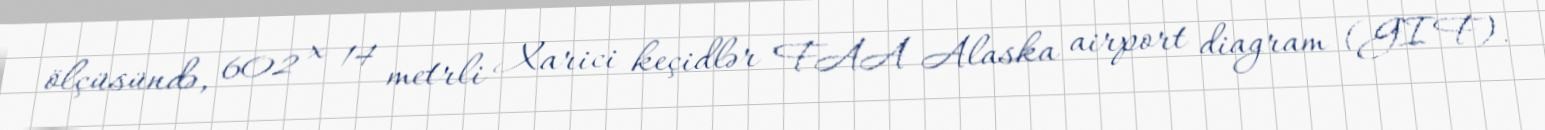
ölçüsündə, 602 x 14 metrli Xarici keçidlər FAA Alaska airport diagram (GIF).